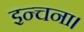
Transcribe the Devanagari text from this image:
इन्चना।